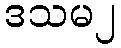
ဒသမ၂